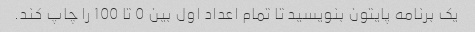
یک برنامه پایتون بنویسید تا تمام اعداد اول بین 0 تا 100 را چاپ کند.